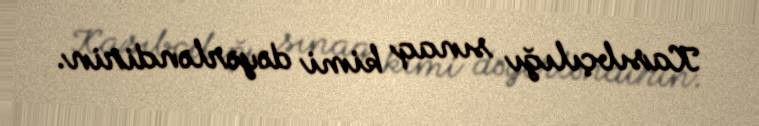
Kasıbçılığı sınaq kimi dəyərləndirin.